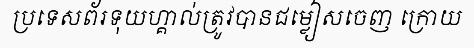
ប្រទេសព័រទុយហ្គាល់ត្រូវបានជម្លៀសចេញ ក្រោយ